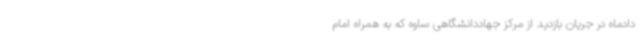
دادماه در جریان بازدید از مرکز جهاددانشگاهی ساوه که به همراه امام